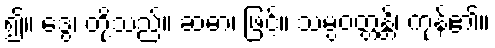
၍။ ဒွေ၊ တို့သည်။ ဆဓာ၊ ဖြင့်။ သမ္ပဝတ္တန္တိ၊ ကုန်၏။